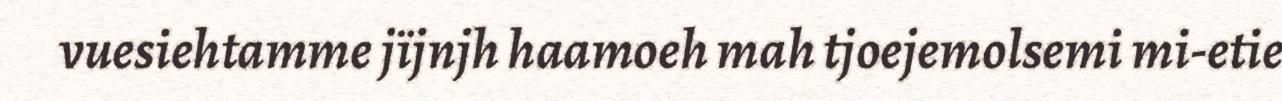
vuesiehtamme jïjnjh haamoeh mah tjoejemolsemi mi-etie